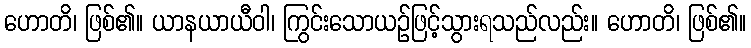
ဟောတိ၊ ဖြစ်၏။ ယာနယာယီဝါ၊ ကြွင်းသောယဉ်ဖြင့်သွားရသည်လည်း။ ဟောတိ၊ ဖြစ်၏။